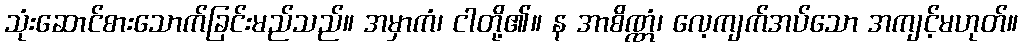
သုံးဆောင်စားသောက်ခြင်းမည်သည်။ အမှာကံ၊ ငါတို့၏။ န အာစိဏ္ဏံ၊ လေ့ကျက်အပ်သော အကျင့်မဟုတ်။